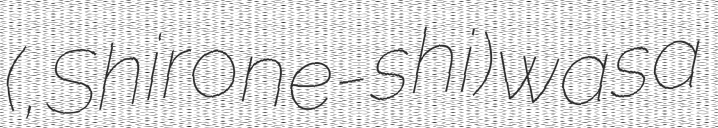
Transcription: (白根市, Shirone-shi) was a